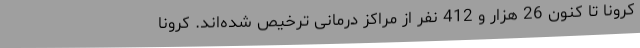
کرونا تا کنون 26 هزار و 412 نفر از مراکز درمانی ترخیص شده‌اند. کرونا